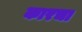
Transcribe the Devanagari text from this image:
कारचा